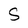
Character: S